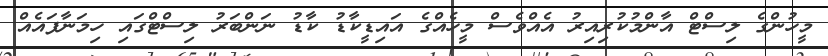
މީހުންގެ ލިސްޓް އާންމުކުރިއިރު އެއްވެސް މީހެއްގެ އައިޑީކާޑު ކާޑު ނަންބަރު ލިސްޓްގައި ހިމަނާފައެއް